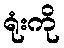
ရုံးကို